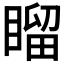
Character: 𥉳